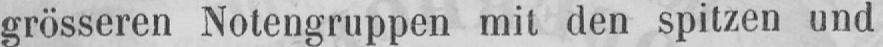
grösseren Notengruppen mit den spitzen und